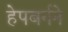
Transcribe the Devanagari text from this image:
हेपबर्नने